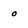
Character: o